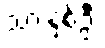
သားနှစ်ဦး